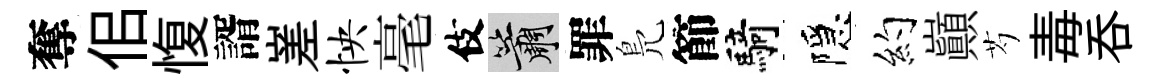
奪佀愎諝嵳怏毫伎簫罪鳬節騎隱约巔芍毒吞